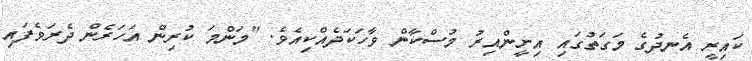
ކައިރީ އެނދުގެ މަގަތުގައި އިށީންއިރު މުސްކާން ވާހަކަދެއްކިއެވެ. "މަންމަ ކުރިން އަހަރެން ދެރަވެފައި